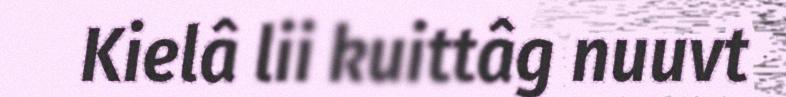
Kielâ lii kuittâg nuuvt